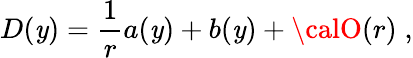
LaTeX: D(\mathit{y})={\frac{{1}}{{r}}}a(\mathit{y})+b(\mathit{y})+{\calO}(r)\; ,